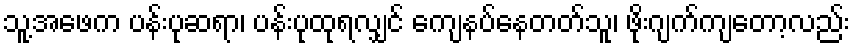
သူ့အဖေက ပန်းပုဆရာ၊ ပန်းပုထုရလျှင် ကျေနပ်နေတတ်သူ၊ ဖိုးဂျက်ကျတော့လည်း